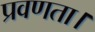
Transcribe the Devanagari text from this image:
प्रवणता।